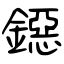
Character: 鐚